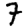
Digit: 7